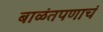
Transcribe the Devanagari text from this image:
बाळंतपणाचं